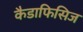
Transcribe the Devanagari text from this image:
कैडाफिसिज